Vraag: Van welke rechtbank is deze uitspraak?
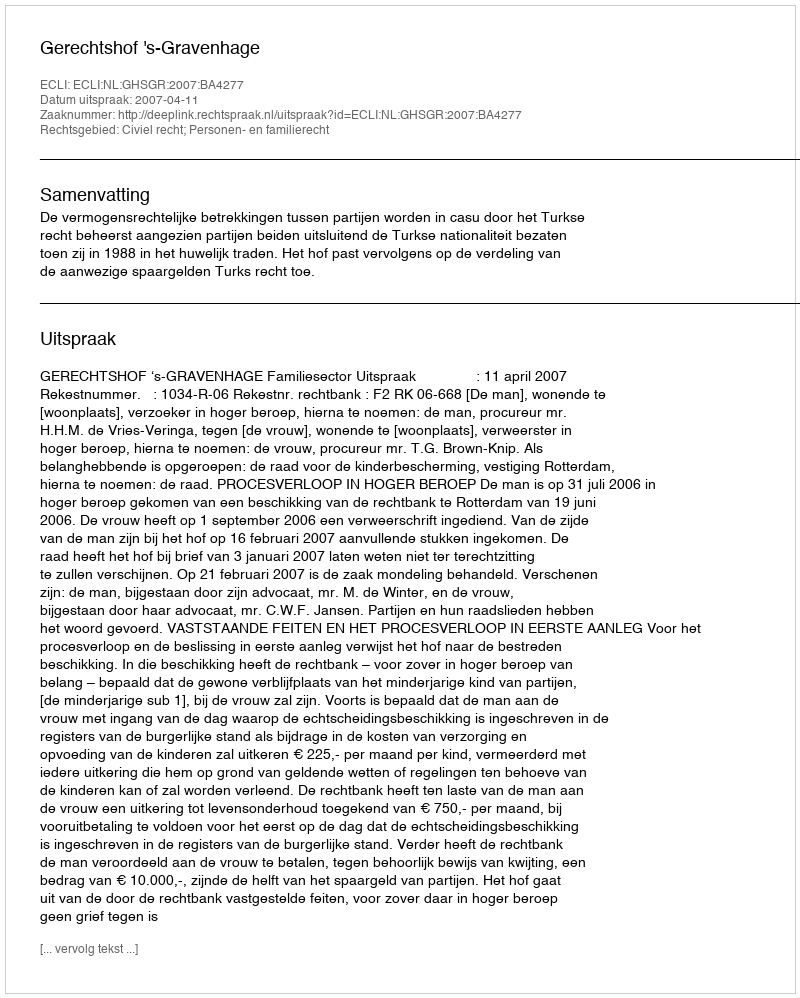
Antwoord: Gerechtshof 's-Gravenhage